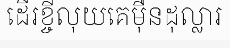
ដើរខ្ចីលុយគេម៉ឺនដុល្លារ